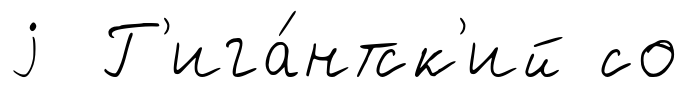
j Г'ига́нтск'ий со